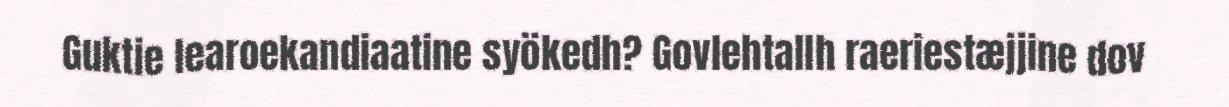
Guktie learoekandiaatine syökedh? Govlehtallh raeriestæjjine dov